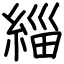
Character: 緇